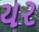
યર